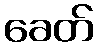
ခေတ်